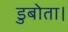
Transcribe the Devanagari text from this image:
डुबोता।